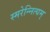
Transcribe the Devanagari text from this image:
स्मरेन्‍नित्यम्‌